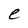
Character: e